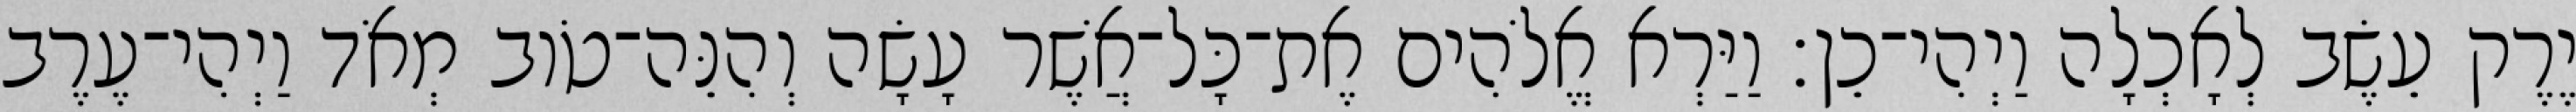
יֶרֶק עֵשֶׂב לְאָכְלָה וַיְהִי־כֵן׃ וַיַּרְא אֱלֹהִים אֶת־כָּל־אֲשֶׁר עָשָׂה וְהִנֵּה־טֹוב מְאֹד וַיְהִי־עֶרֶב